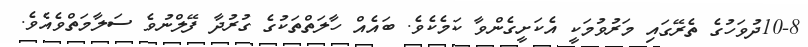
10-8ދުވަހުގެ ތެރޭގައި މަރުވުމަކީ އެކަށީގެންވާ ކަމެކެވެ. ބައެއް ހާލަތްތަކުގެ ގުރުދާ ފޭލްނުވެ ސަލާމަތްވެއެވެ.